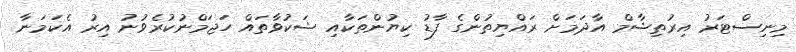
މިނިސްޓަރު އިރުތިޝާމް އާދަމަށް ރައްޔިތުންގެ ފާޑު ކިޔުންތަކާއި ޝަކުވާތައް ހަޖަމްނުކުރެވުނު އިރު އެކަމަނާ